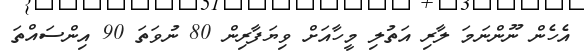
އެހެން ނޫންނަމަ ލާރި އަތުލި މީހާއަށް ވިޔަފާރިން 80 ނުވަތަ 90 އިންސައްތަ